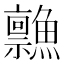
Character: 𲍂